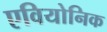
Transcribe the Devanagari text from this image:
एवियोनिक